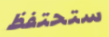
ستحتفظ